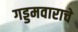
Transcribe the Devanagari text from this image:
गड्डमवाराचे